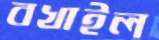
বখাইল